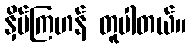
နှိမ်ကြဟန် တူပါတယ်။